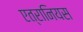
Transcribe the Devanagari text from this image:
एत्रानियस